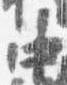
中